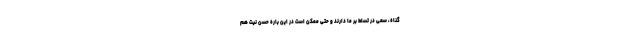
گناه، سعی در تسلط بر ما دارند و حتی ممکن است در این باره حسن نیت هم